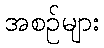
အစဉ်များ